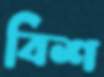
বিশ